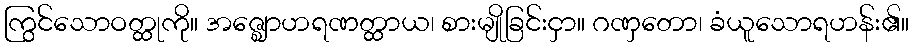
ကြွင်သောဝတ္ထုကို။ အဇ္ဈောဟရဏတ္ထာယ၊ စားမျိုခြင်းငှာ။ ဂဏှတော၊ ခံယူသောရဟန်း၏။